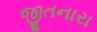
જીતનારા